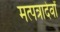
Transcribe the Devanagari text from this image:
मत्पत्रादेर्वां